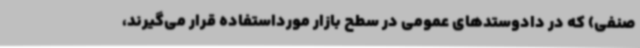
صنفی) که در دادوستدهای عمومی در سطح بازار مورداستفاده قرار می‌گیرند،